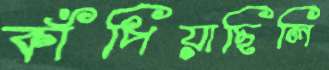
কাঁপিয়াছিলি